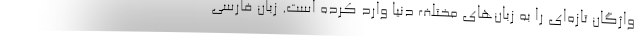
واژگان تازه‌ای را به زبان‌های مختلف دنیا وارد کرده‌ است. زبان فارسی